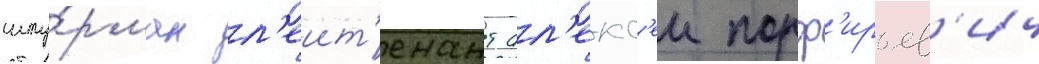
шту́рман л'еит'енант ал'екс'еи порф'ирьев'ич